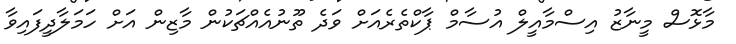
މާޅޮސް މީނާޒު އިސްމާއީލް އުސާމް ޕާކްތެރެއަށް ވަދެ ތޫނުއެއްޗަކުން މާޒިން އަށް ހަމަލާދީފައިވާ